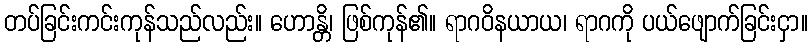
တပ်ခြင်းကင်းကုန်သည်လည်း။ ဟောန္တိ၊ ဖြစ်ကုန်၏။ ရာဂဝိနယာယ၊ ရာဂကို ပယ်ဖျောက်ခြင်းငှာ။